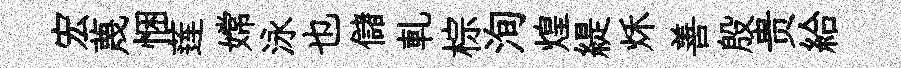
宏蔑悃莲嫦泳也儲軋棕洵煌緹秌善殷贵給